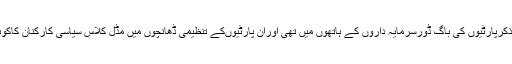
پاکستان میں قابل ذکرپارٹیوں کی باگ ڈورسرمایہ داروں کے ہاتھوں میں تھی اوران پارٹیوںکے تنظیمی ڈھانچوں میں مڈل کلاس سیاسی کارکنان کاکوئی کردارنہیں تھا۔